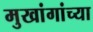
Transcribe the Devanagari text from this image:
मुखांगांच्या